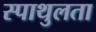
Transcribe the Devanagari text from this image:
स्पाथुलता